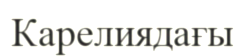
Карелиядағы